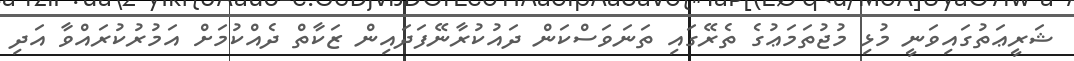
ޝަރީޢަތުގައިވަނީ މުޅި މުޖުތަމަޢުގެ ތެރޭގައި ތަނަވަސްކަން ދައުކުރާނޭފަދައިން ޒަކާތް ދެއްކުމަށް އަމުރުކުރައްވާ އަދި